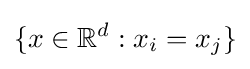
\{x\in \mathbb {R} ^{d}:x_{i}=x_{j}\}